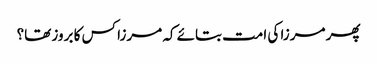
پھر مرزا کی امت بتائے کہ مرزا کس کا بروز تھا؟